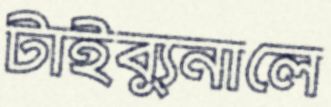
টাইব্যুনালে